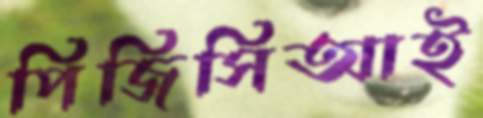
পিজিসিআই